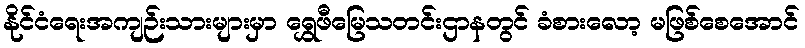
နိုင်ငံရေးအကျဉ်းသားများမှာ ရွှေဖီမြေသတင်းဌာနတွင် ခံစားလော့ မဖြစ်စေအောင်